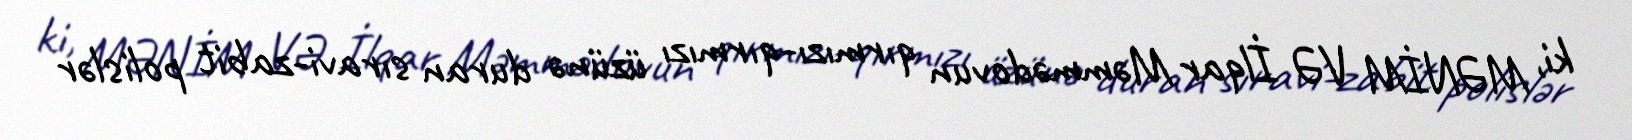
ki, MƏNİM VƏ İlqar Məmmədovun qırmızı-qırmızı üzünə duran sıravi-zabit polislər